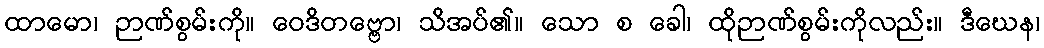
ထာမော၊ ဉာဏ်စွမ်းကို။ ဝေဒိတဗ္ဗော၊ သိအပ်၏။ သော စ ခေါ၊ ထိုဉာဏ်စွမ်းကိုလည်း။ ဒီဃေန၊